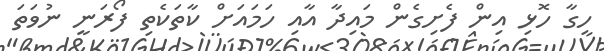
ހިގާ ހޮޅި އިން ފެށިގެން މައިދާ އާއި ހަމައަށް ކާތަކެތި ފޯރަނީ ނުވަތަ